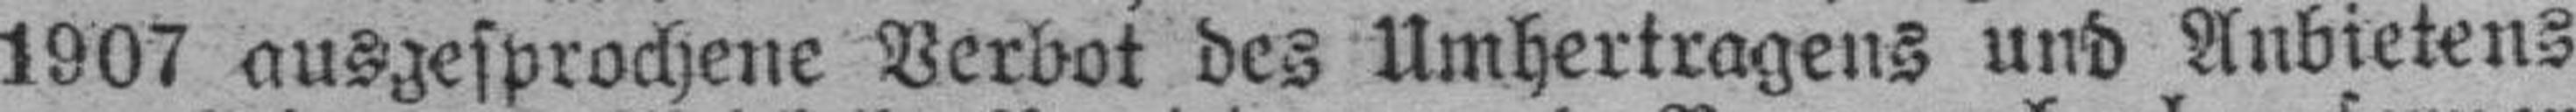
1907 ausgesprochene Verbot des Umhertragens und Anbietens